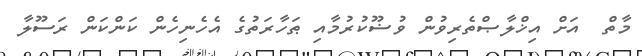
މާތް  އަށް އިޚްލާޞްތެރިވުން ވުޟޫކުރުމާއި ޠަހާރަތުގެ އެހެނިހެން ކަންކަން ރަސޫލާ